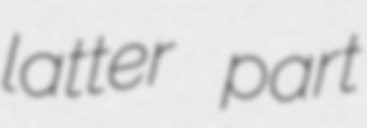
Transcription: latter part